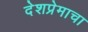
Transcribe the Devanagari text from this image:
देशप्रेमाचा